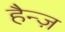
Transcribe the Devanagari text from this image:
हैन्ज़